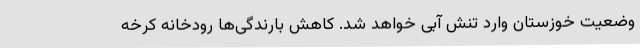
وضعیت خوزستان وارد تنش آبی خواهد شد. کاهش بارندگی‌ها رودخانه کرخه